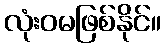
လုံးဝမဖြစ်နိုင်။